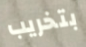
بتخريب